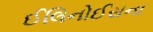
ઈલિનોઈસના